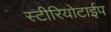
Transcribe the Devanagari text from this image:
स्टीरियोटाईप